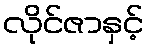
လိုင်ဇာနှင့်